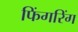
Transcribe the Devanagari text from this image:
फिंगरिंग